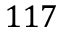
1 1 7